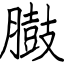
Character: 臌